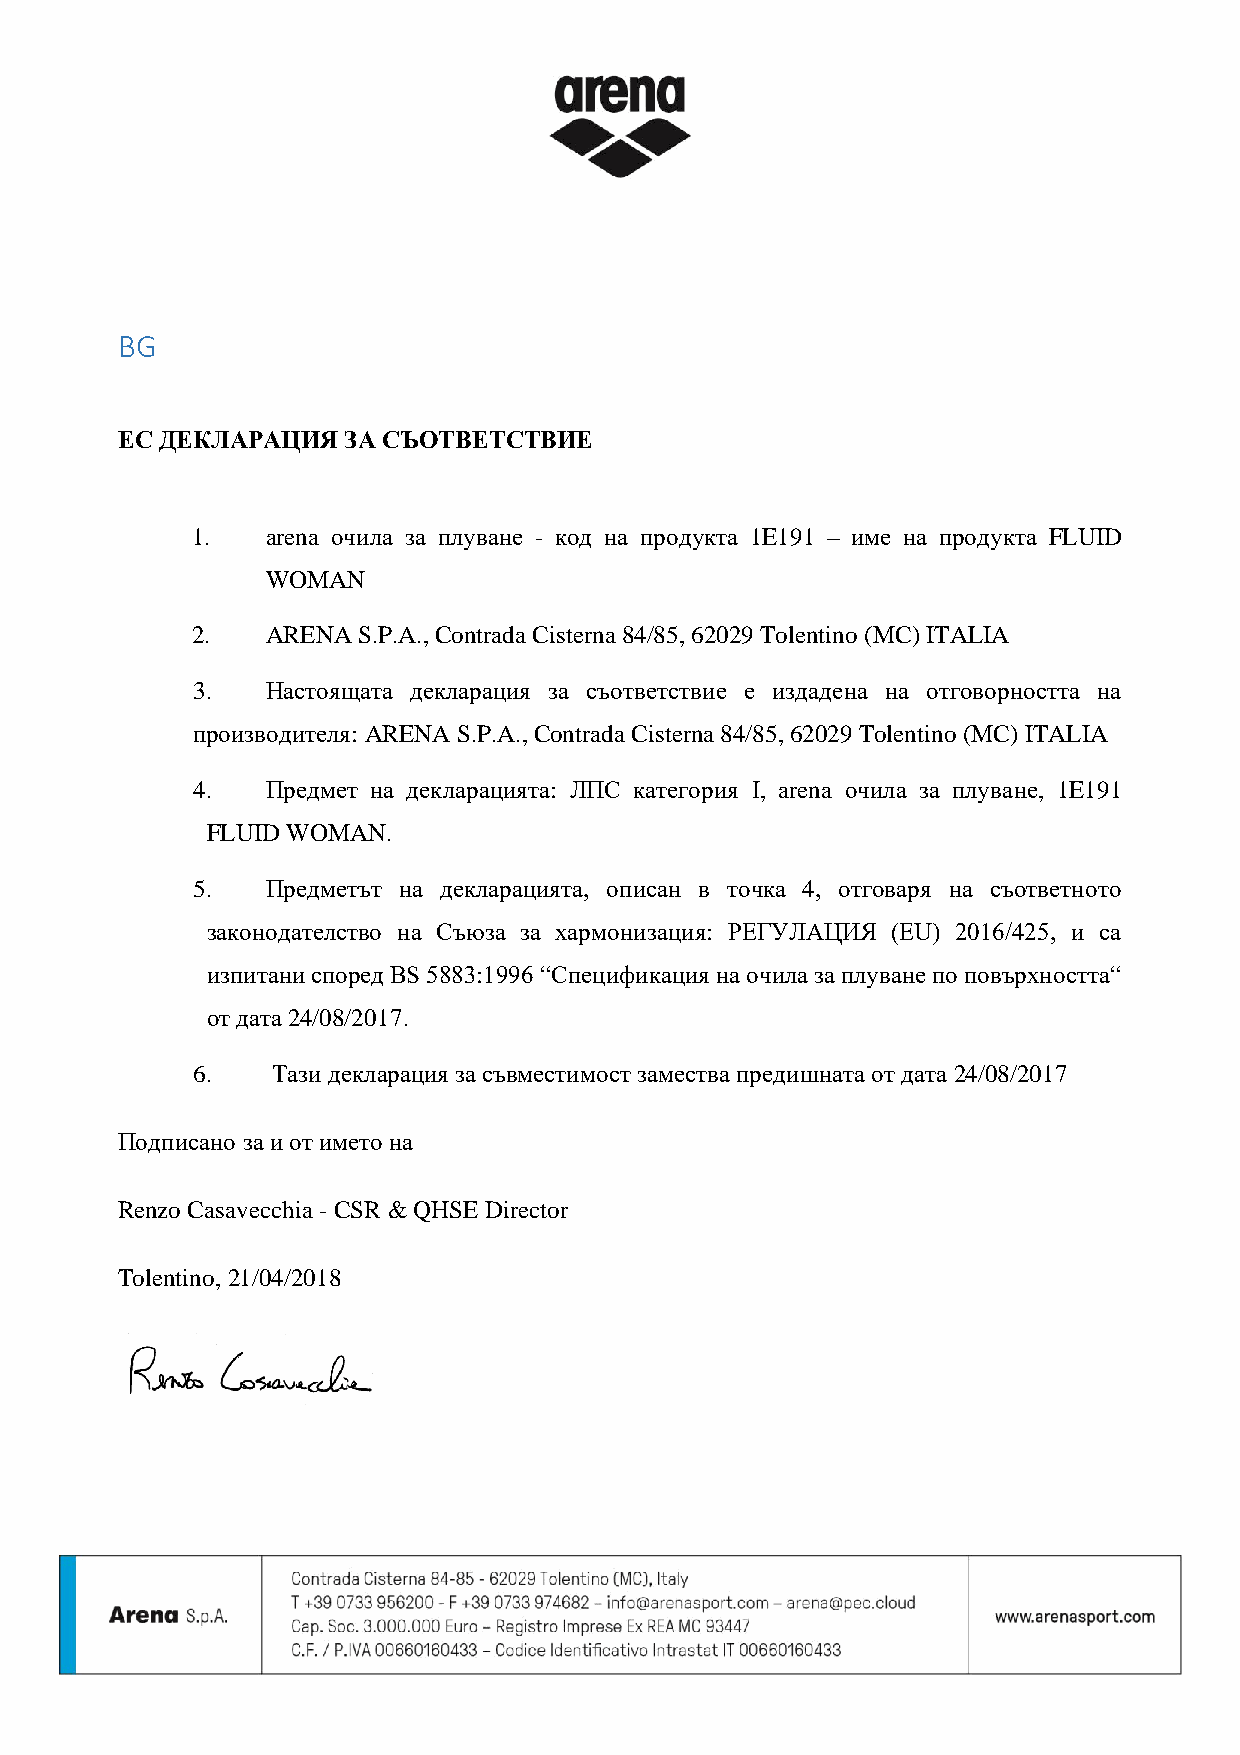
BG
 ЕС ДЕКЛАРАЦИЯ  ЗА СЪОТВЕТСТВИЕ
 1.   arena очила за плуване - код на продукта 1E191 – име на продукта FLUID
 WOMAN
 2.   ARENA S.P.A., Contrada Cisterna 84/85, 62029 Tolentino (MC) ITALIA
 3.   Настоящата декларация за съответствие е издадена на отговорността на
 производителя: ARENA S.P.A., Contrada Cisterna 84/85, 62029 Tolentino (MC) ITALIA
 4.   Предмет на декларацията: ЛПС категория I, arena очила за плуване, 1E191
 FLUID WOMAN.
 5.   Предметът на декларацията, описан в точка 4, отговаря на съответното
 законодателство на Съюза за хармонизация: РЕГУЛАЦИЯ (EU) 2016/425, и са
 изпитани според BS 5883:1996 “Спецификация на очила за плуване по повърхността“
 от дата 24/08/2017.
 6.   Тази декларация за съвместимост замества предишната от дата 24/08/2017
 Подписано за и от името на
 Renzo Casavecchia - CSR & QHSE Director
 Tolentino, 21/04/2018